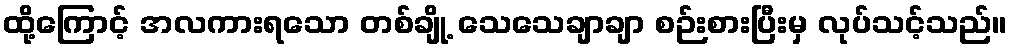
ထို့ကြောင့် အလကားရသော တစ်ချို့ သေသေချာချာ စဉ်းစားပြီးမှ လုပ်သင့်သည်။